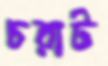
চরাট